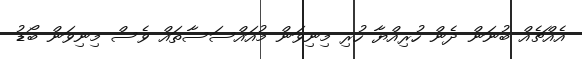
އެއްޗެއް ބުނަން ދެން ހުރިއްޔާ ހުރި މިނިވަން މުއައްސަސާތައް ވެސް މިނިވަން ބޯޑު